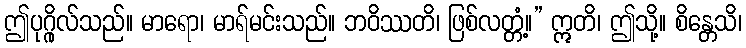
ဤပုဂ္ဂိုလ်သည်။ မာရော၊ မာရ်မင်းသည်။ ဘဝိဿတိ၊ ဖြစ်လတ္တံ့။” ဣတိ၊ ဤသို့။ စိန္တေသိ၊